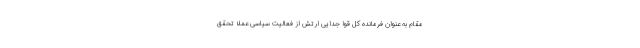
مقام به عنوان فرمانده کل قوا جدایی ارتش از فعالیت سیاسی عملا تحقق